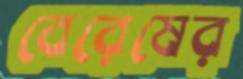
বেরেষের